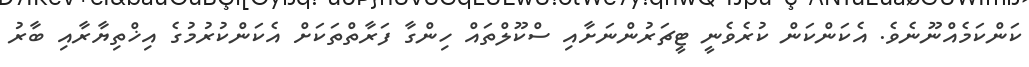
ކަންކަމެއްނޫނެވެ. އެކަންކަން ކުރެވެނީ ޓީޗަރުންނަށާއި ސްކޫލްތައް ހިންގާ ފަރާތްތަކަށް އެކަންކުރުމުގެ އިޚްތިޔާރާއި ބާރު